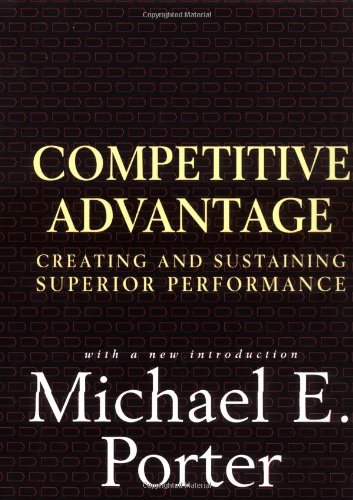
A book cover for Competitive Advantage: Creating and Sustaining Superior Performance; Michael E. Porter; Business & Money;